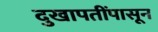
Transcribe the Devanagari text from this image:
दुखापतींपासून